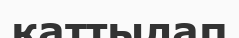
қаттылап